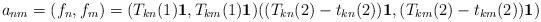
LaTeX: \begin{align*}a_{nm}=(f_n,f_m)=(T_{kn}(1){\bf 1},T_{km}(1){\bf 1})((T_{kn}(2)-t_{kn}(2)){\bf 1},(T_{km}(2)-t_{km}(2)){\bf 1})\end{align*}